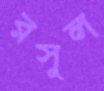
রসুল